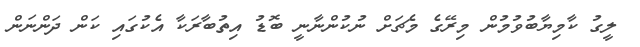
ލީގު ކާމިޔާބުވުމުން މިރޭގެ މެޗަށް ނުކުންނާނީ ބޮޑު އިތުބާރަކާ އެކުގައި ކަން ދަންނަން